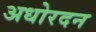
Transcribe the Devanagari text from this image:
अधोरदन